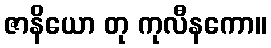
ဇာနိယော တု ကုလီနကော။